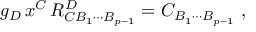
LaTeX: g _ { D } \, x ^ { C } \, R _ { C B _ { 1 } \cdots B _ { p - 1 } } ^ { D } = C _ { B _ { 1 } \cdots B _ { p - 1 } } \ ,